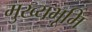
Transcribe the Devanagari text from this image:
मुख्‍यभूमि